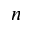
\boldsymbol { n }